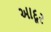
આદૂર